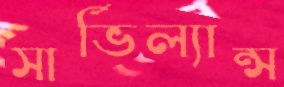
সার্ভিল্যান্স